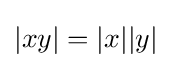
|xy|=|x||y|